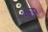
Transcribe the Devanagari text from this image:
शासना